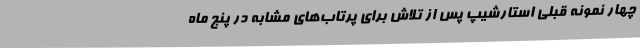
چهار نمونه قبلی استارشیپ پس از تلاش برای پرتاب‌های مشابه در پنج ماه